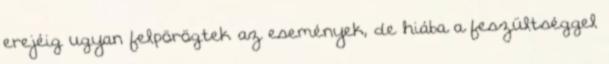
erejéig ugyan felpörögtek az események, de hiába a feszültséggel